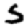
Digit: 5